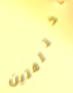
مختلفتين